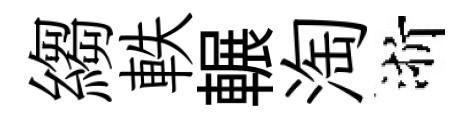
縐軼輾淘浙